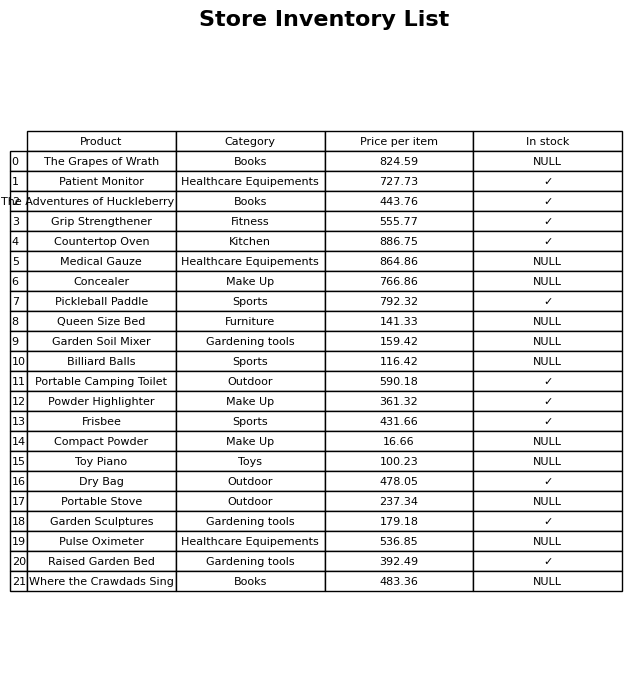
question: What is the stock status of the Raised Garden Bed?
answer: ✓